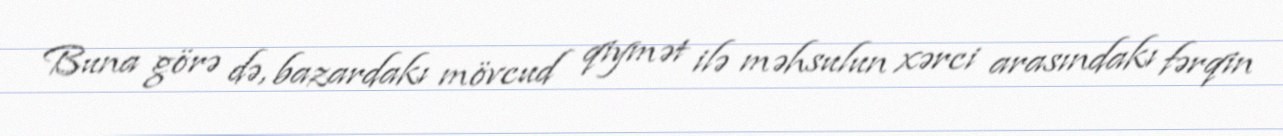
Buna görə də, bazardakı mövcud qiymət ilə məhsulun xərci arasındakı fərqin